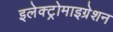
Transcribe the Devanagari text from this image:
इलेक्ट्रोमाइग्रेशन